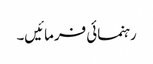
رہنمائی فرمائیں۔